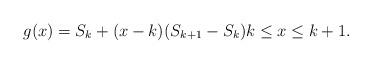
LaTeX: \begin{align*}g(x) = S_k + (x - k)(S_{k + 1} - S_k) k \leq x \leq k + 1.\end{align*}